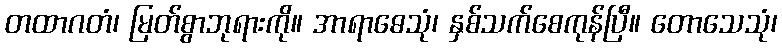
တထာဂတံ၊ မြတ်စွာဘုရားကို။ အာရာဓေသုံ၊ နှစ်သက်စေကုန်ပြီ။ တောသေသုံ၊